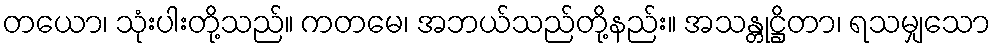
တယော၊ သုံးပါးတို့သည်။ ကတမေ၊ အဘယ်သည်တို့နည်း။ အသန္တုဋ္ဌိတာ၊ ရသမျှသော